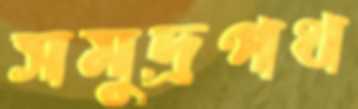
সমুদ্রপথ